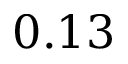
0 . 1 3